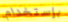
بإستخدام